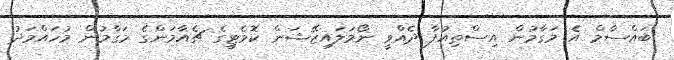
ބައްސާމް އެ މަގާމުން އިސްތިއުފާ ދެއްވީ ނޯމަލައިޒޭޝަން ކޮމެޓީގެ ޗެއާމަންގެ މަގާމުން މުހައްމަދު